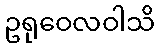
ဥရုဝေလဝါသိ